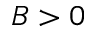
B > 0